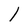
Character: l